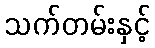
သက်တမ်းနှင့်